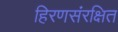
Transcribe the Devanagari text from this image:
हिरणसंरक्षित